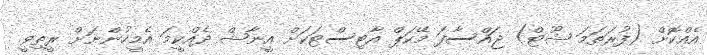
އެއްކޮށް (ފުރަތަމަ ޝޫޓް) ޖައްސާފަ މޭކަޕް އާޓިސްޓަކަށް އީނާޝް ދެއްކީމަ އެމީހުންނަށް ރީތިވީ.